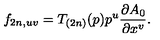
f _ { 2 n , u v } = T _ { ( 2 n ) } ( p ) p ^ { u } \frac { \partial A _ { 0 } } { \partial x ^ { v } } .